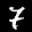
Label: 7